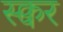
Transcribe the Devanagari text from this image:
स्क्वर